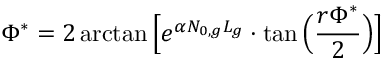
\Phi ^ { * } = 2 \arctan \Big [ e ^ { \alpha N _ { 0 , g } L _ { g } } \cdot \tan \Big ( \frac { r \Phi ^ { * } } { 2 } \Big ) \Big ]